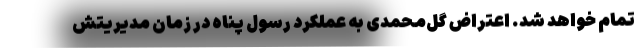
تمام خواهد شد. اعتراض گل‌محمدی به عملکرد رسول پناه در زمان مدیریتش